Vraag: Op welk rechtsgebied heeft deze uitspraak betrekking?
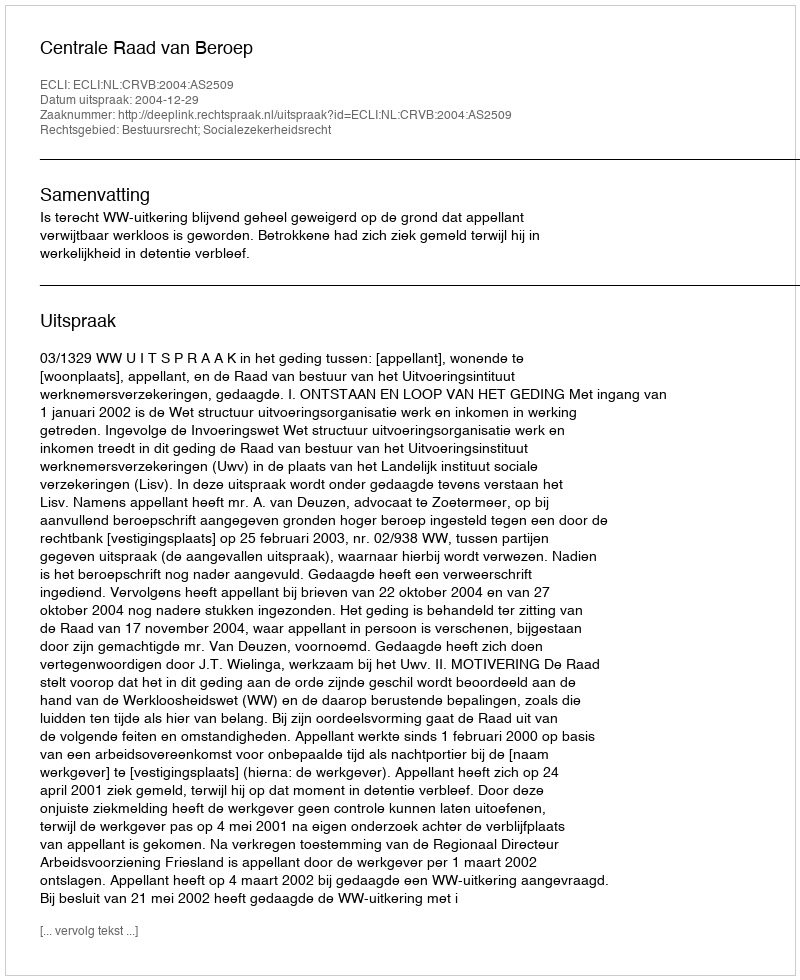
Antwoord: Bestuursrecht; Socialezekerheidsrecht